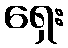
ရှေး